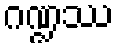
ဂဏ္ဍဿ